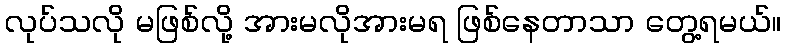
လုပ်သလို မဖြစ်လို့ အားမလိုအားမရ ဖြစ်နေတာသာ တွေ့ရမယ်။